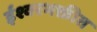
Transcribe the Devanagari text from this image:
ईश्वरभक्तीत